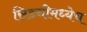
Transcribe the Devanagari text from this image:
सिडनीमध्येच